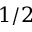
1 / 2